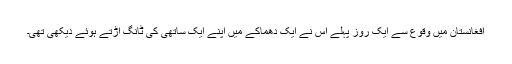
افغانستان میں وقوع سے ایک روز پہلے اس نے ایک دھماکے میں اپنے ایک ساتھی کی ٹانگ اڑتے ہوئے دیکھی تھی۔